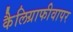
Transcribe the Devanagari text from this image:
कैलिग्राफीवापर